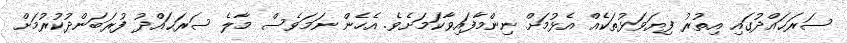
ސަރަޙައްދުގައި އިތުރު ފިޔަވަޅުތަކެއް އެޅުމަށް ނިންމާފައިވާކަމަށެވެ. އެހެން ނަމަވެސް މާލެ ސަރަޙައްދު ފުރަބަންދުކުރުމަށް